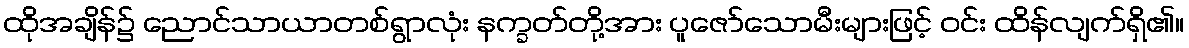
ထိုအချိန်၌ ညောင်သာယာတစ်ရွာလုံး နက္ခတ်တို့အား ပူဇော်သောမီးများဖြင့် ဝင်း ထိန်လျက်ရှိ၏။